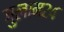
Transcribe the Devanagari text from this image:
गुलाम२४